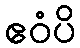
ဧဝံပိ